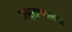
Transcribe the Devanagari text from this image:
अनुरागवल्ली